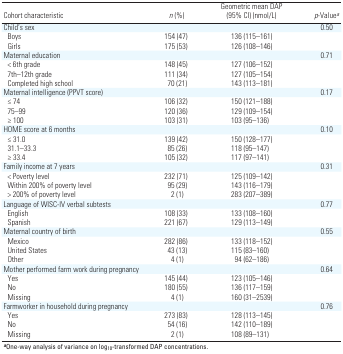
<table><thead><tr><td><b>Cohort characteristic</b></td><td><b><i>n</i> (%)</b></td><td><b>Geometric mean DAP (95% CI) (nmol/L)</b></td><td><b><i>p</i>-Value<i>a</i></b></td></tr></thead><tbody><tr><td>Child’s sex</td><td></td><td></td><td></td><td></td><td></td><td>0.50</td></tr><tr><td>Boys</td><td></td><td>154 (47)</td><td></td><td>136 (115–161)</td><td></td><td></td></tr><tr><td>Girls</td><td></td><td>175 (53)</td><td></td><td>126 (108–146)</td><td></td><td></td></tr><tr><td>Maternal education</td><td></td><td></td><td></td><td></td><td></td><td>0.71</td></tr><tr><td>&lt; 6th grade</td><td></td><td>148 (45)</td><td></td><td>127 (106–152)</td><td></td><td></td></tr><tr><td>7th–12th grade</td><td></td><td>111 (34)</td><td></td><td>127 (105–154)</td><td></td><td></td></tr><tr><td>Completed high school</td><td></td><td>70 (21)</td><td></td><td>143 (113–181)</td><td></td><td></td></tr><tr><td>Maternal intelligence (PPVT score)</td><td></td><td></td><td></td><td></td><td></td><td>0.17</td></tr><tr><td>≤ 74</td><td></td><td>106 (32)</td><td></td><td>150 (121–188)</td><td></td><td></td></tr><tr><td>75–99</td><td></td><td>120 (36)</td><td></td><td>129 (109–154)</td><td></td><td></td></tr><tr><td>≥ 100</td><td></td><td>103 (31)</td><td></td><td>103 (95–136)</td><td></td><td></td></tr><tr><td>HOME score at 6 months</td><td></td><td></td><td></td><td></td><td></td><td>0.10</td></tr><tr><td>≤ 31.0</td><td></td><td>139 (42)</td><td></td><td>150 (128–177)</td><td></td><td></td></tr><tr><td>31.1–33.3</td><td></td><td>85 (26)</td><td></td><td>118 (95–147)</td><td></td><td></td></tr><tr><td>≥ 33.4</td><td></td><td>105 (32)</td><td></td><td>117 (97–141)</td><td></td><td></td></tr><tr><td>Family income at 7 years</td><td></td><td></td><td></td><td></td><td></td><td>0.31</td></tr><tr><td>&lt; Poverty level</td><td></td><td>232 (71)</td><td></td><td>125 (109–142)</td><td></td><td></td></tr><tr><td>Within 200% of poverty level</td><td></td><td>95 (29)</td><td></td><td>143 (116–179)</td><td></td><td></td></tr><tr><td>&gt; 200% of poverty level</td><td></td><td>2 (1)</td><td></td><td>283 (207–389)</td><td></td><td></td></tr><tr><td>Language of WISC-IV verbal subtests</td><td></td><td></td><td></td><td></td><td></td><td>0.77</td></tr><tr><td>English</td><td></td><td>108 (33)</td><td></td><td>133 (108–160)</td><td></td><td></td></tr><tr><td>Spanish</td><td></td><td>221 (67)</td><td></td><td>129 (113–149)</td><td></td><td></td></tr><tr><td>Maternal country of birth</td><td></td><td></td><td></td><td></td><td></td><td>0.55</td></tr><tr><td>Mexico</td><td></td><td>282 (86)</td><td></td><td>133 (118–152)</td><td></td><td></td></tr><tr><td>United States</td><td></td><td>43 (13)</td><td></td><td>115 (83–160)</td><td></td><td></td></tr><tr><td>Other</td><td></td><td>4 (1)</td><td></td><td>94 (62–186)</td><td></td><td></td></tr><tr><td>Mother performed farm work during pregnancy</td><td></td><td></td><td></td><td></td><td></td><td>0.64</td></tr><tr><td>Yes</td><td></td><td>145 (44)</td><td></td><td>123 (105–146)</td><td></td><td></td></tr><tr><td>No</td><td></td><td>180 (55)</td><td></td><td>136 (117–159)</td><td></td><td></td></tr><tr><td>Missing</td><td></td><td>4 (1)</td><td></td><td>160 (31–2539)</td><td></td><td></td></tr><tr><td>Farmworker in household during pregnancy</td><td></td><td></td><td></td><td></td><td></td><td>0.76</td></tr><tr><td>Yes</td><td></td><td>273 (83)</td><td></td><td>128 (113–145)</td><td></td><td></td></tr><tr><td>No</td><td></td><td>54 (16)</td><td></td><td>142 (110–189)</td><td></td><td></td></tr><tr><td>Missing</td><td></td><td>2 (1)</td><td></td><td>108 (89–131)</td><td></td><td></td></tr><tr><td colspan="7"><b>a</b>One-way analysis of variance onlog<sub>10</sub>-transformed DAP concentrations.</td></tr></tbody></table>